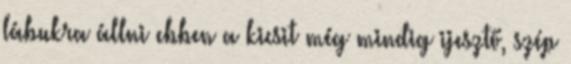
lábukra állni ebben a kicsit még mindig ijesztő, szép